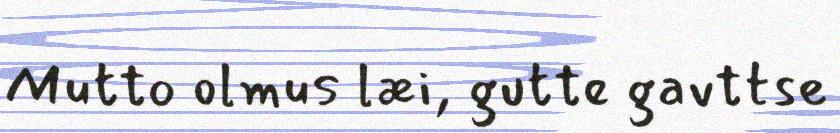
Mutto olmus læi, gutte gavttse